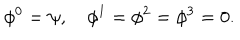
LaTeX: \phi ^ { 0 } = \psi , \quad \phi ^ { 1 } = \phi ^ { 2 } = \phi ^ { 3 } = 0 .